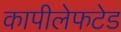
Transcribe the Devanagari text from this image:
कापीलेफटेड